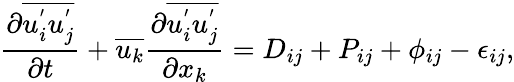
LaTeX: \frac{\partial\overline{{u_{i}^{'}u_{j}^{'}}}}{\partial t}+\overline{{u_{k}}}\frac{\partial\overline{{u_{i}^{'}u_{j}^{'}}}}{\partial x_{k}}=D_{ij}+P_{ij}+\phi_{ij}-\epsilon_{ij},